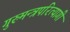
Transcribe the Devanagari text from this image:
गुरुमन्त्रपरित्यागी